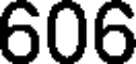
606